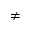
\neq